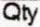
QTY